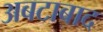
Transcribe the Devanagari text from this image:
अबटाबाद